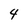
Character: 4